Civil Veterinary Dept. Bombay admin report 1932-41 - 1932-1941
Year: 1932
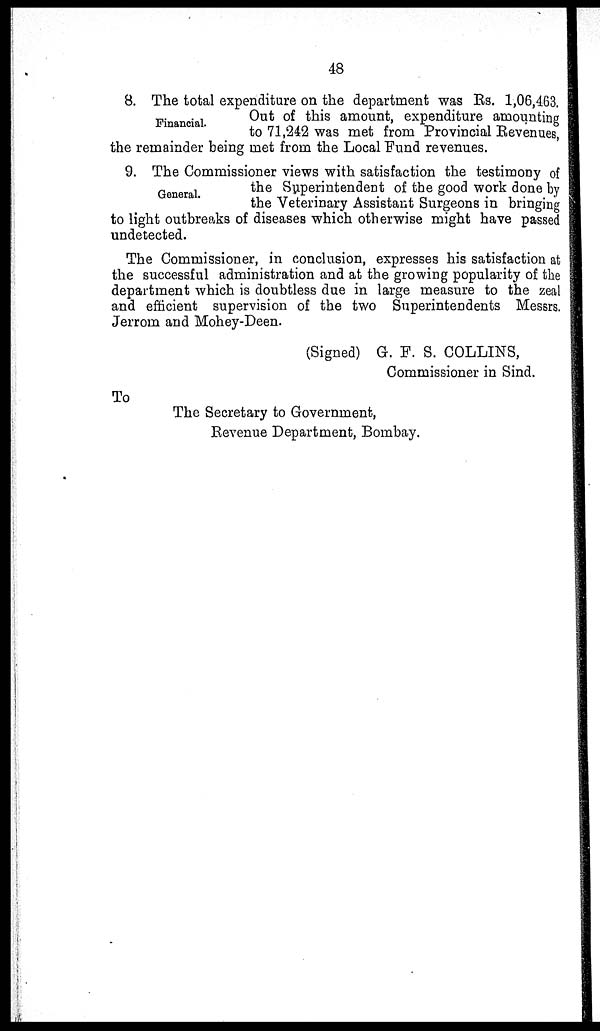
48
Financial.
8. The total expenditure on the department was Rs. 1,06,463.
Out of this amount, expenditure amounting
to 71,242 was met from Provincial Revenues,
the remainder being met from the Local Fund revenues.
General.
9. The Commissioner views with satisfaction the testimony of
the Superintendent of the good work done by
the Veterinary Assistant Surgeons in bringing
to light outbreaks of diseases which otherwise might have passed
undetected.
The Commissioner, in conclusion, expresses his satisfaction at
the successful administration and at the growing popularity of the
department which is doubtless due in large measure to the zeal
and efficient supervision of the two Superintendents Messrs.
Jerrom and Mohey-Deen.
(Signed) G. F. S. COLLINS,
Commissioner in Sind.
To
The Secretary to Government,
Revenue Department, Bombay.